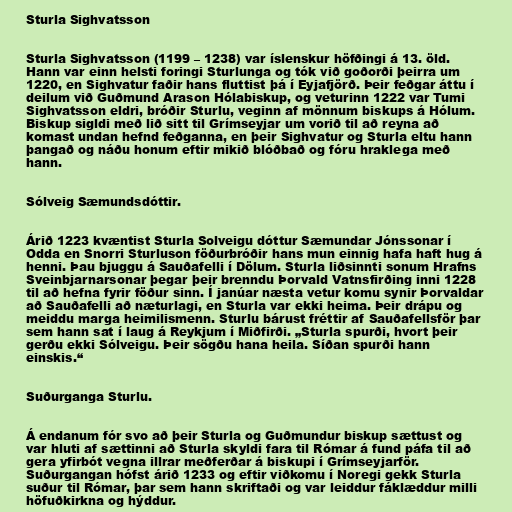
Sturla Sighvatsson

Sturla Sighvatsson (1199 – 1238) var íslenskur höfðingi á 13. öld.
Hann var einn helsti foringi Sturlunga og tók við goðorði þeirra um
1220, en Sighvatur faðir hans fluttist þá í Eyjafjörð. Þeir feðgar áttu í
deilum við Guðmund Arason Hólabiskup, og veturinn 1222 var Tumi
Sighvatsson eldri, bróðir Sturlu, veginn af mönnum biskups á Hólum.
Biskup sigldi með lið sitt til Grímseyjar um vorið til að reyna að
komast undan hefnd feðganna, en þeir Sighvatur og Sturla eltu hann
þangað og náðu honum eftir mikið blóðbað og fóru hraklega með
hann.

Sólveig Sæmundsdóttir.

Árið 1223 kvæntist Sturla Solveigu dóttur Sæmundar Jónssonar í
Odda en Snorri Sturluson föðurbróðir hans mun einnig hafa haft hug á
henni. Þau bjuggu á Sauðafelli í Dölum. Sturla liðsinnti sonum Hrafns
Sveinbjarnarsonar þegar þeir brenndu Þorvald Vatnsfirðing inni 1228
til að hefna fyrir föður sinn. Í janúar næsta vetur komu synir Þorvaldar
að Sauðafelli að næturlagi, en Sturla var ekki heima. Þeir drápu og
meiddu marga heimilismenn. Sturlu bárust fréttir af Sauðafellsför þar
sem hann sat í laug á Reykjum í Miðfirði. „Sturla spurði, hvort þeir
gerðu ekki Sólveigu. Þeir sögðu hana heila. Síðan spurði hann
einskis.“

Suðurganga Sturlu.

Á endanum fór svo að þeir Sturla og Guðmundur biskup sættust og
var hluti af sættinni að Sturla skyldi fara til Rómar á fund páfa til að
gera yfirbót vegna illrar meðferðar á biskupi í Grímseyjarför.
Suðurgangan hófst árið 1233 og eftir viðkomu í Noregi gekk Sturla
suður til Rómar, þar sem hann skriftaði og var leiddur fáklæddur milli
höfuðkirkna og hýddur.